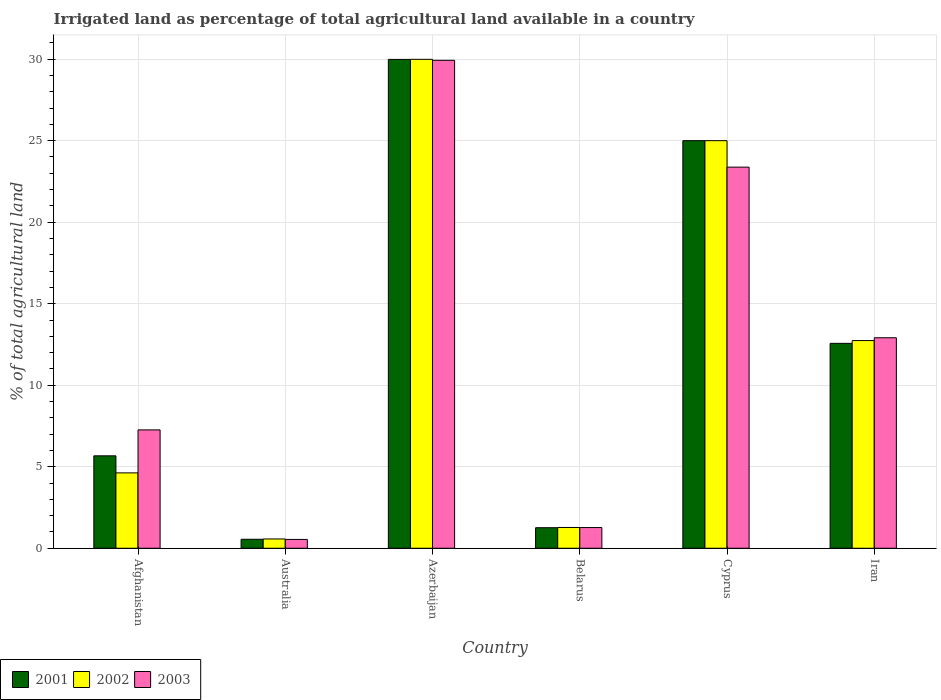
| Country | 2001 | 2002 | 2003 |
 | --- | --- | --- | --- |
 | Afghanistan | 5.67 | 4.62 | 7.26 |
 | Australia | 0.55 | 0.569 | 0.541 |
 | Azerbaijan | 30 | 30 | 29.9 |
 | Belarus | 1.26 | 1.27 | 1.27 |
 | Cyprus | 25 | 25 | 23.4 |
 | Iran | 12.6 | 12.7 | 12.9 |